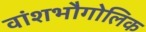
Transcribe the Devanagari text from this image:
वांशभौगोलिक